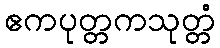
ဧကပုတ္တကသုတ္တံ